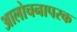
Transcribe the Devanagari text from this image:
आलोचनापरक